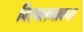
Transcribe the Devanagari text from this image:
विह्वलभावना